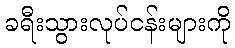
ခရီးသွားလုပ်ငန်းများကို